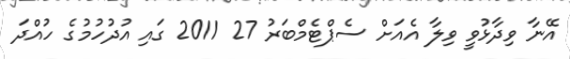
އޭނާ ވިދާޅުވީ ވިލާ އެއަށް ސެޕްޓެމްބަރު 27 2011 ގައި އުދުހުމުގެ ހުއްދަ